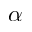
\alpha